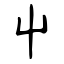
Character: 屮